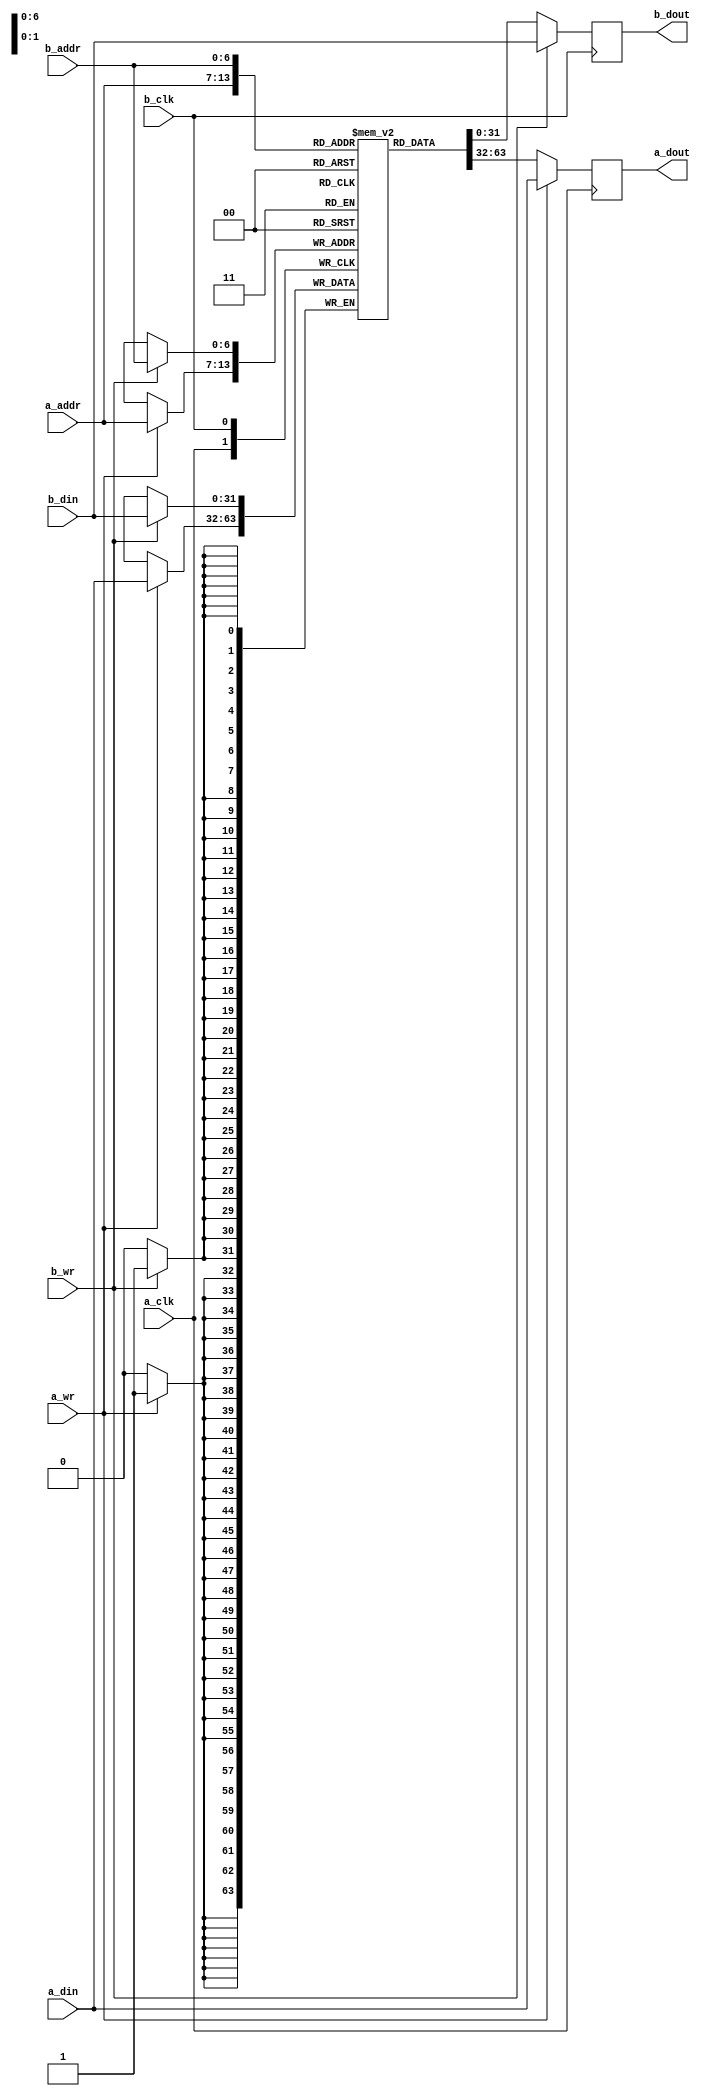
module sd_bram_block_dp #(
   parameter DATA = 32,
   parameter ADDR = 7
) (
   input  wire            a_clk,
   input  wire            a_wr,
   input  wire [ADDR-1:0] a_addr,
   input  wire [DATA-1:0] a_din,
   output reg  [DATA-1:0] a_dout,
 
   input  wire            b_clk,
   input  wire            b_wr,
   input  wire [ADDR-1:0] b_addr,
   input  wire [DATA-1:0] b_din,
   output reg  [DATA-1:0] b_dout
);

reg [DATA-1:0] mem [(2**ADDR)-1:0];
 
always @(posedge a_clk) begin
   if(a_wr) begin
      a_dout <= a_din;
      mem[a_addr] <= a_din;
   end else
      a_dout <= mem[a_addr];
end
 
always @(posedge b_clk) begin
   if(b_wr) begin
      b_dout <= b_din;
      mem[b_addr] <= b_din;
   end else
      b_dout <= mem[b_addr];
end

endmodule